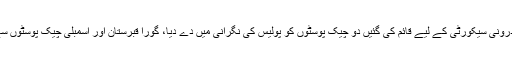
پشاور میں امن و امان کی صورتحال میں بہتری کے بعد فوج نے شہر کی اندرونی سیکورٹی کے لیے قائم کی گئیں دو چیک پوسٹوں کو پولیس کی نگرانی میں دے دیا، گورا قبرستان اور اسمبلی چیک پوسٹوں سے فوجی جوانوں کو واپس بلا کر وہاں پولیس اہلکار تعینات کردیے گئے ہیں۔